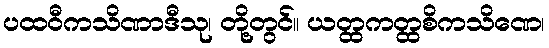
ပထဝီကသိဏာဒီသု၊ တို့တွင်။ ယတ္ထကတ္ထစိကသိဏေ၊